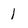
Character: 1